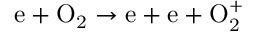
\mathrm { e + O _ { 2 } \to e + e + O _ { 2 } ^ { + } }